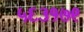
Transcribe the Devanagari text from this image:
५६३१७९